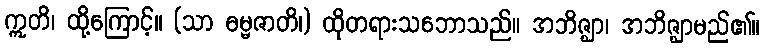
ဣတိ၊ ထို့ကြောင့်။ (သာ ဓမ္မဇာတိ၊) ထိုတရားသဘောသည်။ အဘိဇ္ဈာ၊ အဘိဇ္ဈာမည်၏။